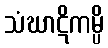
သံဃာဋိကမ္ပိ